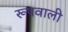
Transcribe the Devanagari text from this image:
रूपवाली